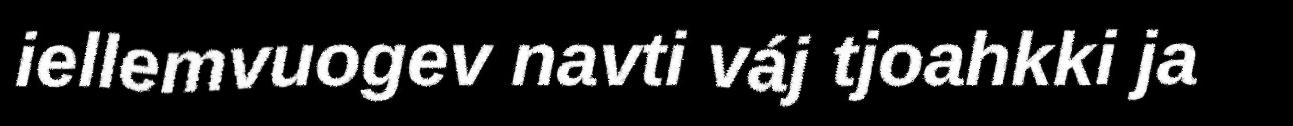
iellemvuogev navti váj tjoahkki ja